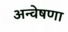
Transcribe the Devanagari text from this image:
अन्वेषणा